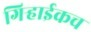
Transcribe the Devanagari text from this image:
गिर्‍हाईकच